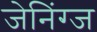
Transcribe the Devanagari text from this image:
जेनिंग्ज